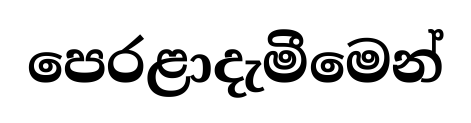
පෙරළාදැමීමෙන්